Annual report of the Punjab Veterinary College and of the Civil Veterinary Department, Punjab - 1926-1932
Year: 1926
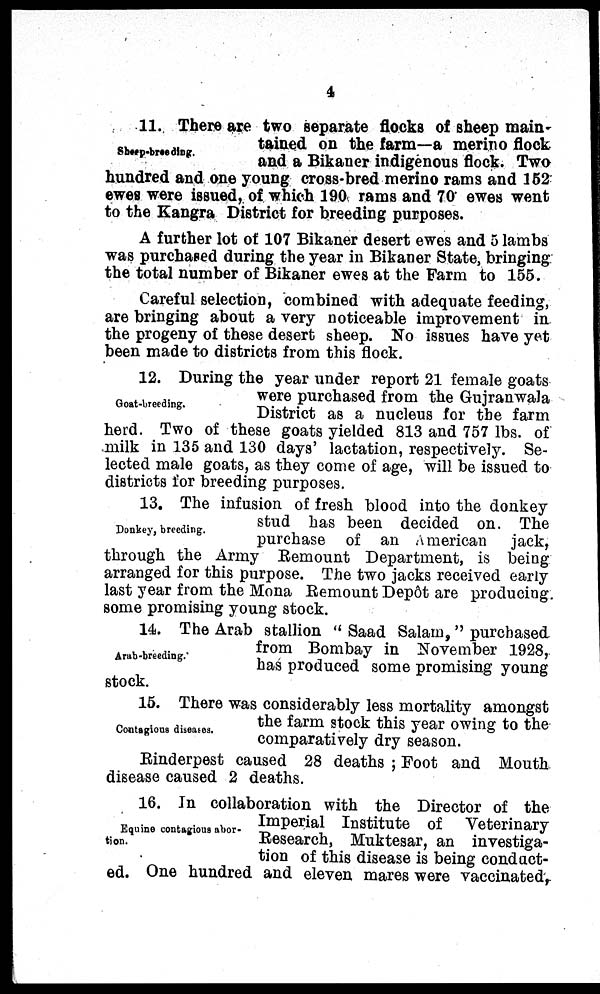
4
Sheep-breeding.
11. There are two separate flocks of sheep main-
tained on the farm—a merino flock
and a Bikaner indigenous flock. Two
hundred and one young cross-bred merino rams and 152
ewes were issued, of which 190 rams and 70 ewes went
to the Kangra District for breeding purposes.
A further lot of 107 Bikaner desert ewes and 5 lambs
was purchased during the year in Bikaner State, bringing
the total number of Bikaner ewes at the Farm to 155.
Careful selection, combined with adequate feeding,
are bringing about a very noticeable improvement in
the progeny of these desert sheep. No issues have yet
been made to districts from this flock.
Goat-breeding.
12. During the year under report 21 female goats
were purchased from the Gujranwala
District as a nucleus for the farm
herd. Two of these goats yielded 813 and 757 lbs. of
milk in 135 and 130 days' lactation, respectively. Se-
lected male goats, as they come of age, will be issued to
districts for breeding purposes.
Donkey, breeding.
13. The infusion of fresh blood into the donkey
stud has been decided on. The
purchase of an American jack,
through the Army Remount Department, is being
arranged for this purpose. The two jacks received early
last year from the Mona Remount Depôt are producing
some promising young stock.
Arab-breeding.
14. The Arab stallion "Saad Salam," purchased
from Bombay in November 1928,
has produced some promising young
stock.
Contagious diseases.
15. There was considerably less mortality amongst
the farm stock this year owing to the
comparatively dry season.
Rinderpest caused 28 deaths; Foot and Mouth
disease caused 2 deaths.
Equine contagious abor-
tion.
16. In collaboration with the Director of the
Imperial Institute of Veterinary
Research, Muktesar, an investiga-
tion of this disease is being conduct-
ed. One hundred and eleven mares were vaccinated,